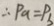
\therefore P _ { a } = P _ { b }